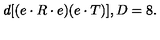
d [ ( e \cdot R \cdot e ) ( e \cdot T ) ] , D = 8 .